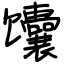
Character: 馕